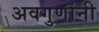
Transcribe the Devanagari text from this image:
अवगुणांनी